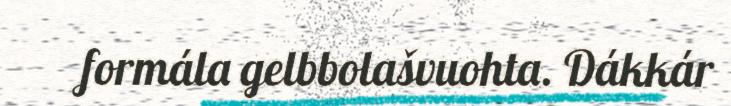
formála gelbbolašvuohta. Dákkár